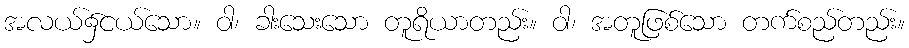
အလယ်၌ငယ်သော။ ဝါ၊ ခါးသေးသော တူရိယာတည်း။ ဝါ၊ အတူဖြစ်သော တက်စည်တည်း။